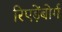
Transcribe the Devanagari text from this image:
रिएड़ेंबोर्ग